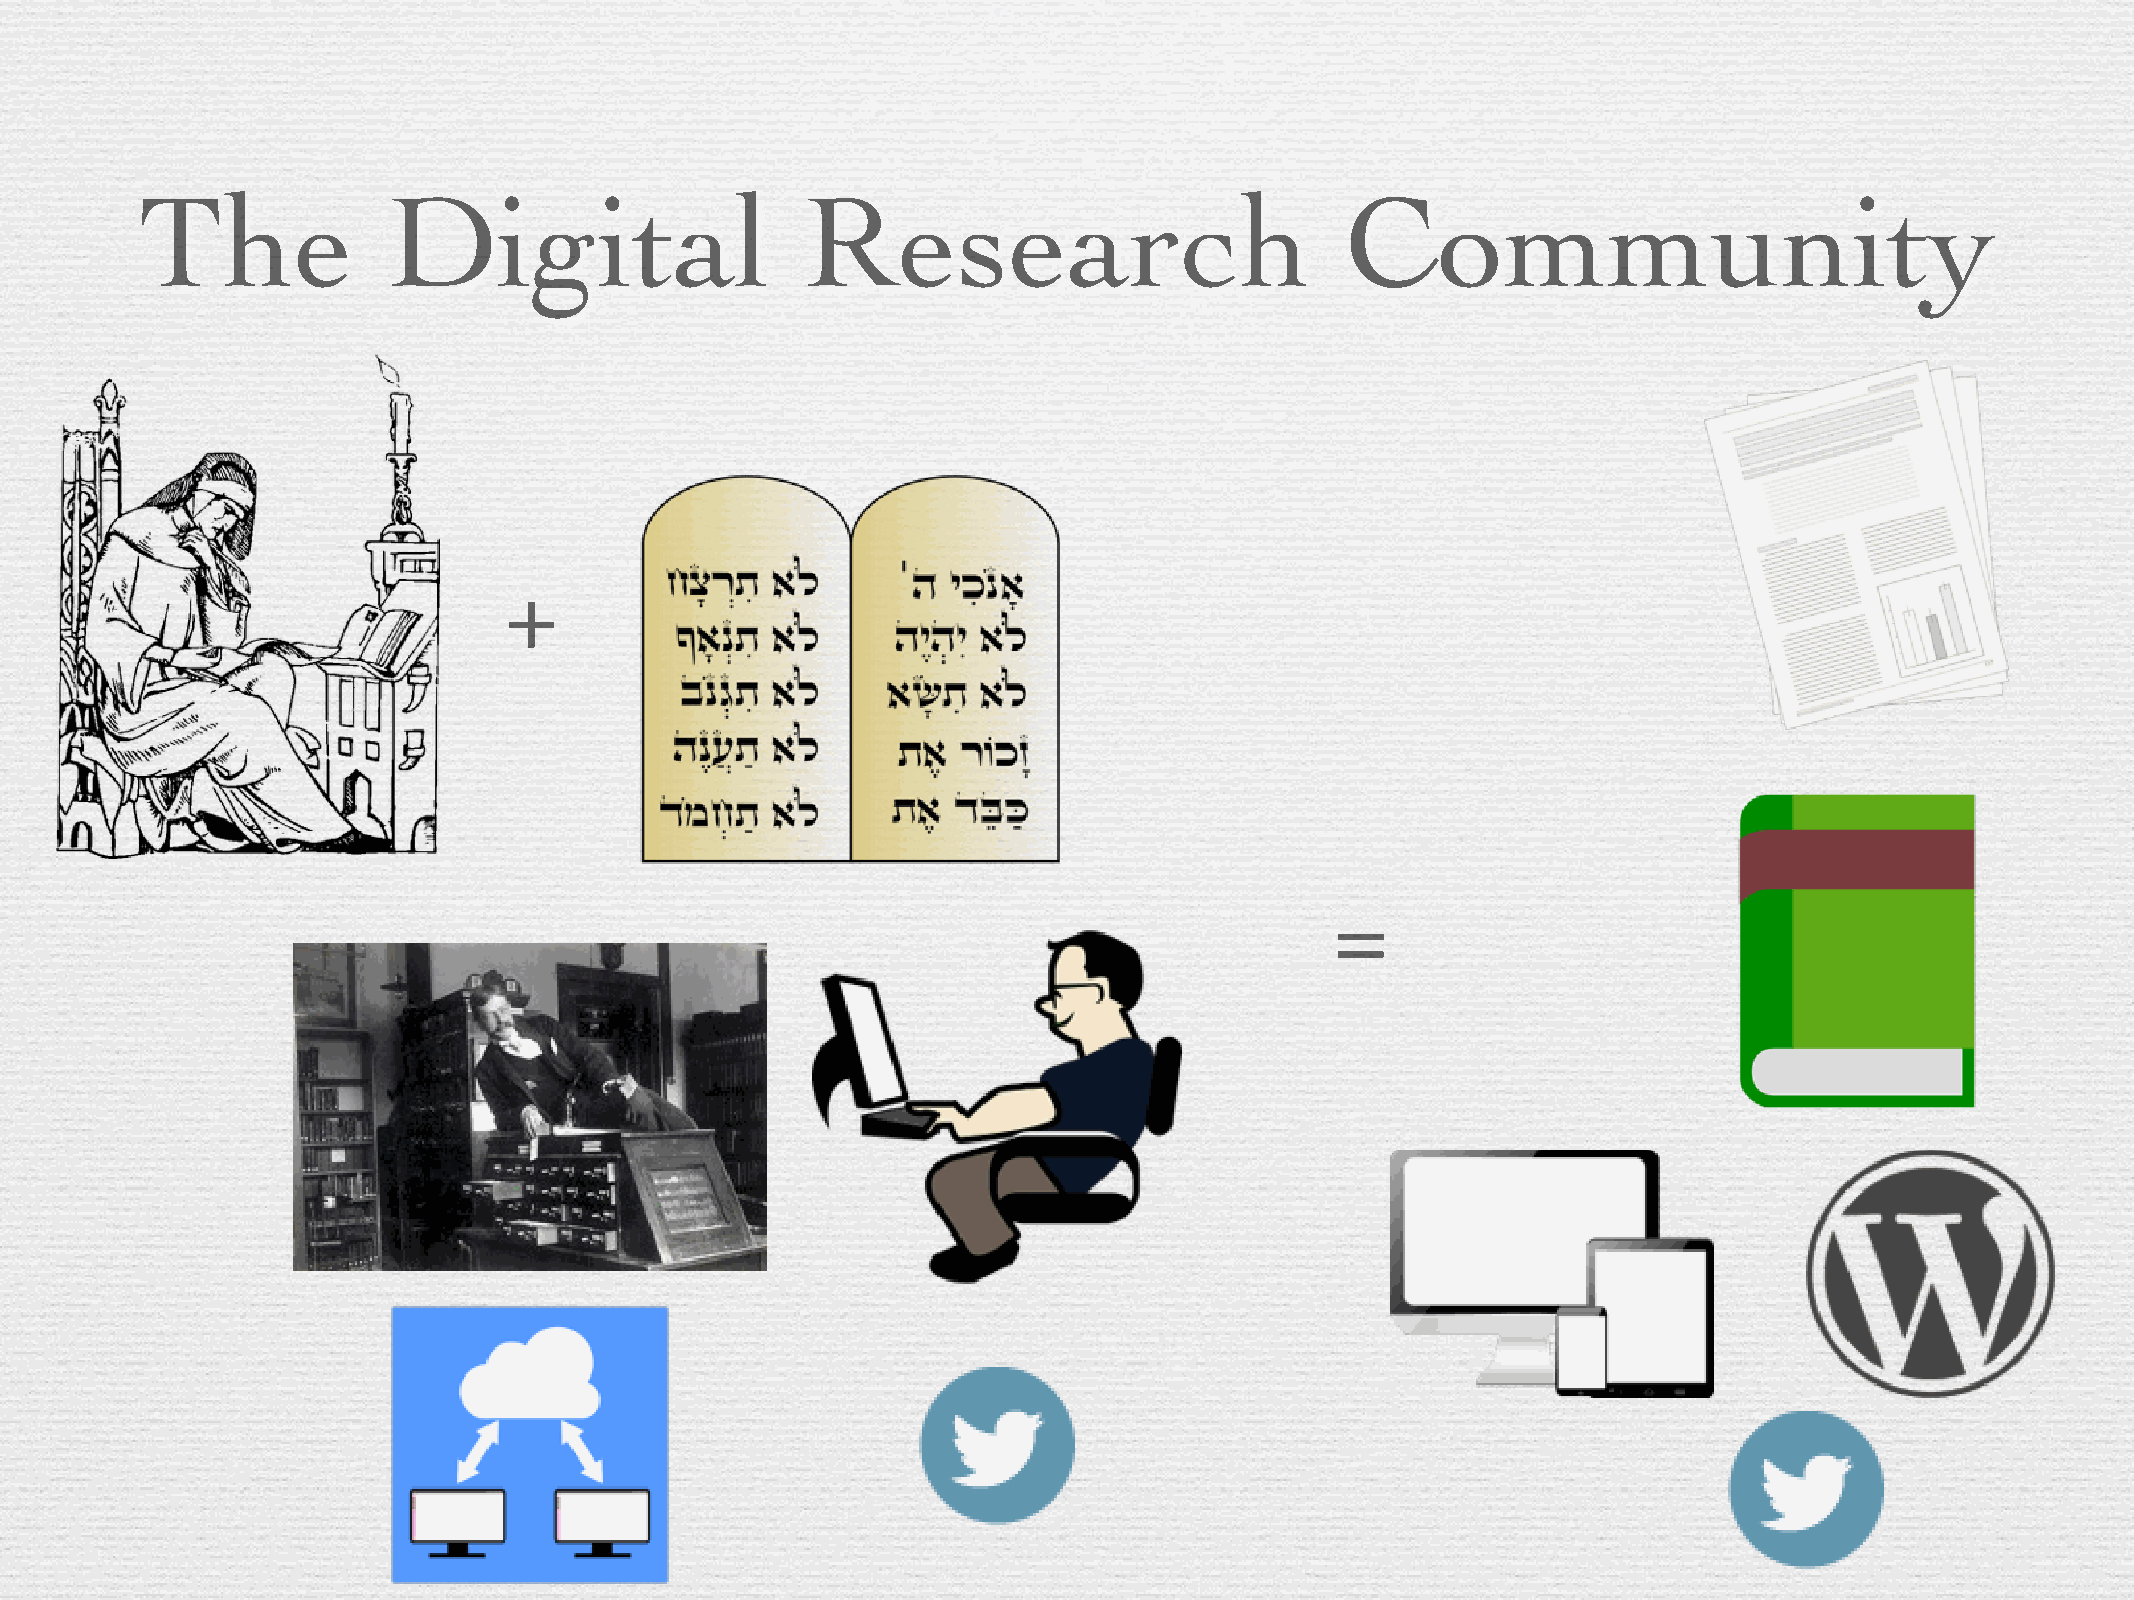
The              Digital                    Research                            Community
 +
 =